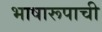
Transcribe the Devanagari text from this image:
भाषारूपाची